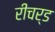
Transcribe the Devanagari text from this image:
रीचर्ड